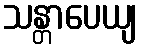
သန္တာပေယျ